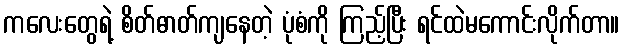
ကလေးတွေရဲ့ စိတ်ဓာတ်ကျနေတဲ့ ပုံစံကို ကြည့်ပြီး ရင်ထဲမကောင်းလိုက်တာ။